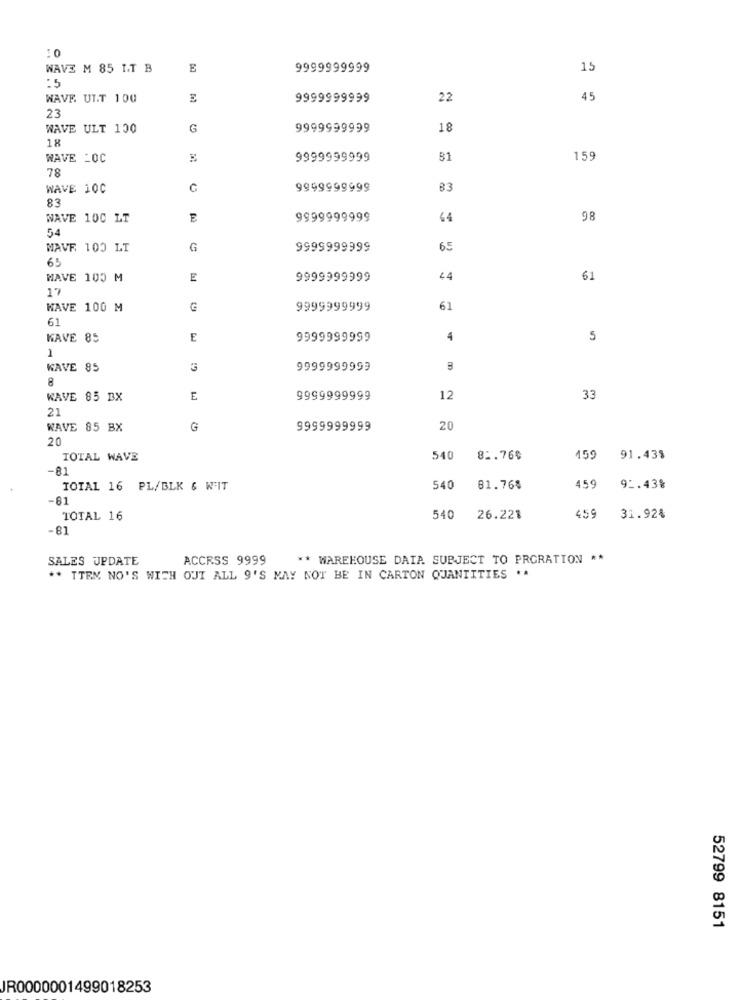
:0
WAVE M 85 LT B
E
9999999999
15
:5
WAVE. ULT 100
9999999999
22
45
23
WAVE ULT 100
G
9999999999
18
18
WAVE _OC
9999999999
31
159
78
WAVE 10C
G
9999999999
B3
83
NAVE 100 LT
9999999999
44
98
54
NAVE 100 LT
G
9999999999
65
65
HAVE 100 M
E
9999999999
44
61
17
WAVE 100 M
9999999999
61
61
KAVE 85
E
9999999999
4
5
1
WAVE 85
3
9999999999
m
8
WAVE 85 BX
E
9999999999
12
33
21
WAVE 85 BX
G
9999999999
20
20
TOTAL WAVE
540
81.76%
159
91.438
-81
TOTAL 16 PL/BLK & W'IT
540
81.76%
459
92.43%
-81
TOTAL 16
540
26.22%
459
31.92%
-81
SALES UPDATE
ACCESS 9999
** WAREHOUSE DAIA SUBJECT TO PRGRATION **
** TTEM NO'S WITH OUT ALL 9'S MAY NOT BE IN CARTON QUANTITIES **
52799 8151
JR0000001499018253